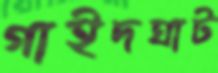
গাইদঘাট